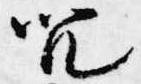
咒